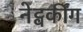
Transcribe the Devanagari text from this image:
नेट्वर्कींग